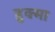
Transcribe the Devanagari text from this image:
हुक्मा